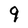
Character: 9